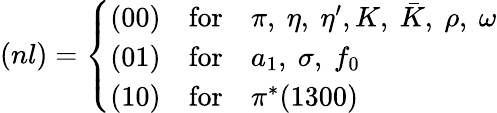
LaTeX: (nl)=\left\{ \begin{array}{ccl}{{(00)}}&{{\mathrm{for}}}&{{\pi,~\eta,~\eta^{\prime},K,~\bar{K},~\rho,~\omega}}\\ {{(01)}}&{{\mathrm{for}}}&{{a_{1},~\sigma,~f_{0}}}\\ {{(10)}}&{{\mathrm{for}}}&{{\pi^{*}(1300)}}\end{array}\right.